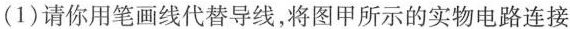
(1)请你用笔画线代替导线，将图甲所示的实物电路连接